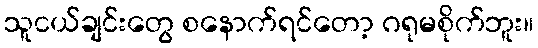
သူငယ်ချင်းတွေ စနောက်ရင်တော့ ဂရုမစိုက်ဘူး။